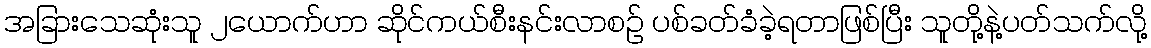
အခြားသေဆုံးသူ ၂ယောက်ဟာ ဆိုင်ကယ်စီးနင်းလာစဉ် ပစ်ခတ်ခံခဲ့ရတာဖြစ်ပြီး သူတို့နဲ့ပတ်သက်လို့